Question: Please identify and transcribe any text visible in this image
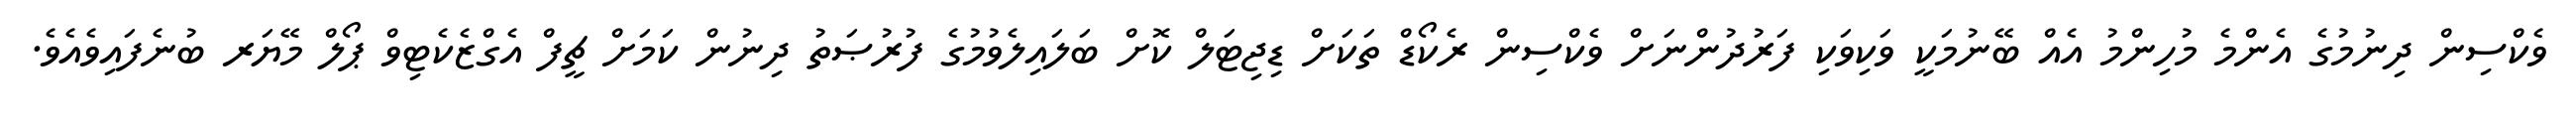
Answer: ވެކްސިން ދިނުމުގެ އެންމެ މުހިންމު އެއް ބޭނުމަކީ ވަކިވަކި ފަރުދުންނަށް ވެކްސިން ރެކޯޑް ތަކަށް ޑިޖިޓަލް ކޮށް ބަލައިލެވުމުގެ ފުރުޞަތު ދިނުން ކަމަށް ޗީފް އެގްޒެކެޓިވް ޕޯލް މޭޔަރ ބުނެފައިވެއެވެ.